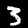
Label: 3